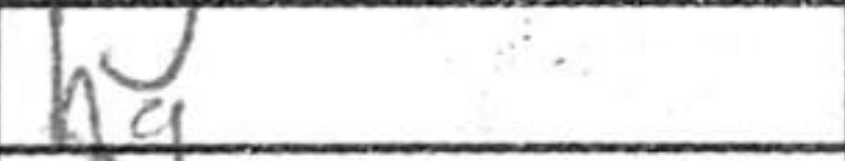
Transcription: hg